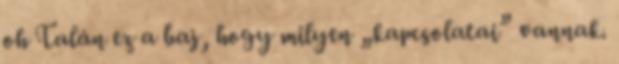
oh Talán ez a baj, hogy milyen „kapcsolatai” vannak.